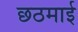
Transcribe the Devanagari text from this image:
छठमाई